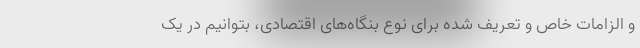
و الزامات خاص و تعریف شده برای نوع بنگاه‌های اقتصادی، بتوانیم در یک